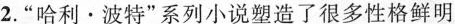
2.”哈利·波特”系列小说塑造了很多性格鲜明